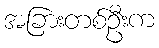
အခြားတစ်ဦးက